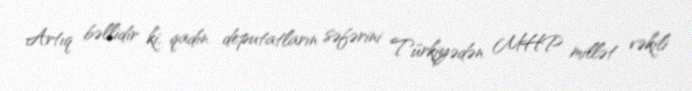
Artıq bəllidir ki, qadın deputatların səfərini Türkiyədən MHP millət vəkili